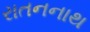
રાતનનાથ